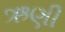
ઋણી